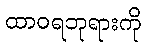
ထာဝရဘုရားကို